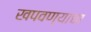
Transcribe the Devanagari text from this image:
खपवण्याचा